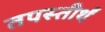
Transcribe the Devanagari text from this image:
तपस्तीर्थं